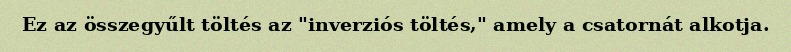
Ez az összegyűlt töltés az "inverziós töltés," amely a csatornát alkotja.